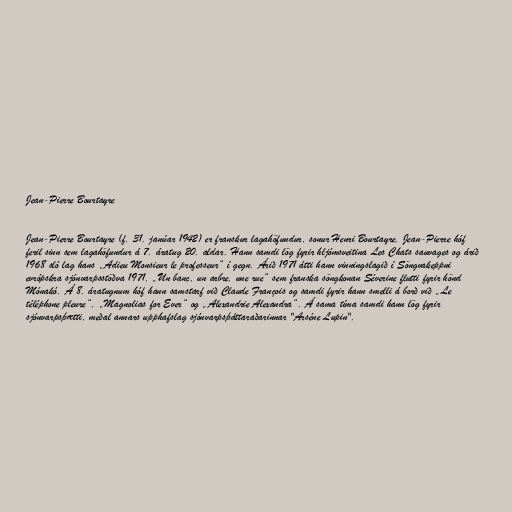
Jean-Pierre Bourtayre

Jean-Pierre Bourtayre (f. 31. janúar 1942) er franskur lagahöfundur, sonur Henri Bourtayre. Jean-Pierre hóf
feril sinn sem lagahöfundur á 7. áratug 20. aldar. Hann samdi lög fyrir hljómsveitina Les Chats sauvages og árið
1968 sló lag hans „Adieu Monsieur le professeur“ í gegn. Árið 1971 átti hann vinningslagið í Söngvakeppni
evrópskra sjónvarpsstöðva 1971, „Un banc, un arbre, une rue“ sem franska söngkonan Séverine flutti fyrir hönd
Mónakó. Á 8. áratugnum hóf hann samstarf við Claude François og samdi fyrir hann smelli á borð við „Le
téléphone pleure“, „Magnolias for Ever“ og „Alexandrie Alexandra“. Á sama tíma samdi hann lög fyrir
sjónvarpsþætti, meðal annars upphafslag sjónvarpsþáttaraðarinnar "Arséne Lupin".